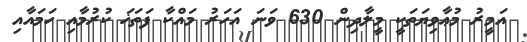
އަމީރު މުޢާވިޔަތަކީ މީލާދިން 630 ވަނަ އަހަރު މައްކާ ފަތަޚަ ކުރުމާއި ހަމައާއި